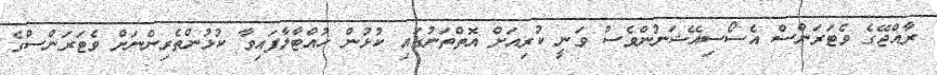
ރާއްޖޭގެ ވެޓަރަންސް އެސޯސިއޭޝަނުންވެސް ވަނީ ކުރިއަށް އޮތްތަނުގައި ކުޅުން ހުއްޓާލާފައިވާ ކުޅުންތެރިންނަށް ވެޓަރަންސްގެ